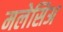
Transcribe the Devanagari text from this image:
मलेसिअ